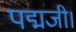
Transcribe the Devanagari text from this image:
पद्मजी।